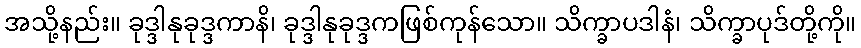
အသို့နည်း။ ခုဒ္ဒါနုခုဒ္ဒကာနိ၊ ခုဒ္ဒါနုခုဒ္ဒကဖြစ်ကုန်သော။ သိက္ခာပဒါနံ၊ သိက္ခာပုဒ်တို့ကို။